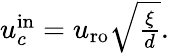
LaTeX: \begin{array}{r}{u_{c}^{\mathrm{in}}=u_{\mathrm{ro}}\sqrt{\frac{\xi}{d}}.}\end{array}